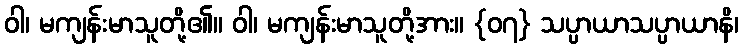
ဝါ၊ မကျန်းမာသူတို့၏။ ဝါ၊ မကျန်းမာသူတို့အား။ {၀၇} သပ္ပာယာသပ္ပာယာနိ၊